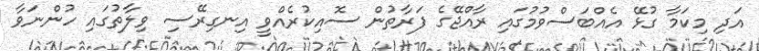
އަދި މިކަމާ ގުޅޭ އެއްބަސްވުމުގައި ރާއްޖޭގެ ފަރާތުން ސޮއިކުރެއްވީ އިނގިރޭސި ވިލާތުގައި ހުންނަވާ